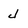
Character: J